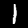
Digit: 1